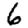
Digit: 6